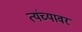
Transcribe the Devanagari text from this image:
त्यंच्यावर